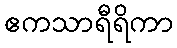
ဧကသာရီရိကာ